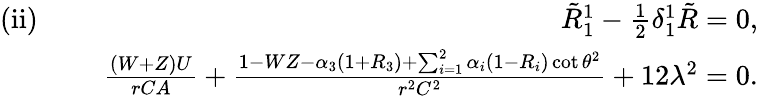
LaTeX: \begin{array}{rlr}{\mathrm{(ii)}\, \, }&{}&{\tilde{R}_{1}^{1}-\frac{1}{2}\delta_{1}^{1}\tilde{R}=0,}\\ &{}&{\frac{(W+Z)U}{rCA}+\frac{1-WZ-\alpha_{3}\left(1+R_{3}\right)+\sum_{i=1}^{2}\alpha_{i}\left(1-R_{i}\right)\cot\theta^{2}}{r^{2}C^{2}}+12\lambda^{2}=0.}\end{array}